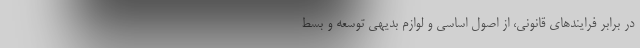
در برابر فرایندهای قانونی، از اصول اساسی و لوازم بدیهی توسعه و بسط